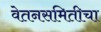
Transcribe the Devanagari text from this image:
वेतनसमितीचा